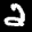
Label: 2